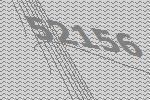
52156